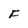
Character: F